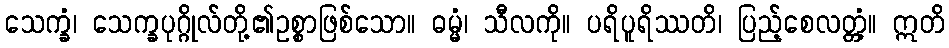
သေက္ခံ၊ သေက္ခပုဂ္ဂိုလ်တို့၏ဥစ္စာဖြစ်သော။ ဓမ္မံ၊ သီလကို။ ပရိပူရိဿတိ၊ ပြည့်စေလတ္တံ့။ ဣတိ